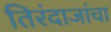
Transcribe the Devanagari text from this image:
तिरंदाजांचा